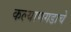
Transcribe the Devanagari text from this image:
कल्याणगडाचे